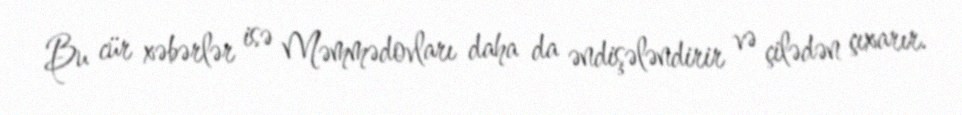
Bu cür xəbərlər isə Məmmədovları daha da əndişələndirir və çilədən çıxarır.